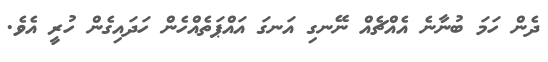
ދެން ހަމަ ބުނާނެ އެއްޗެއް ނޭނގި އަނގަ އައްޕަތެއްހެން ހަދައިގެން ހުރީ އެވެ.